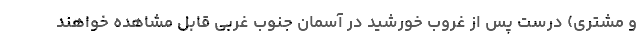
و مشتری) درست پس از غروب خورشید در آسمان جنوب غربی قابل مشاهده خواهند